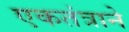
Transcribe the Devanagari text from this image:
एकतंत्राने